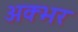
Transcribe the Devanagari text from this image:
अक्भर